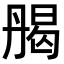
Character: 𠂄